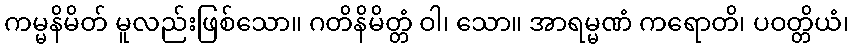
ကမ္မနိမိတ် မူလည်းဖြစ်သော။ ဂတိနိမိတ္တံ ဝါ၊ သော။ အာရမ္မဏံ ကရောတိ၊ ပဝတ္တိယံ၊